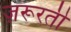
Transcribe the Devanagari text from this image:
ज़रूरती